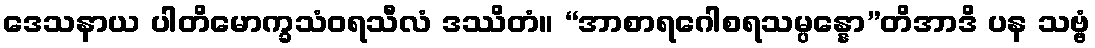
ဒေသနာယ ပါတိမောက္ခသံဝရသီလံ ဒဿိတံ။ “အာစာရဂေါစရသမ္ပန္နော”တိအာဒိ ပန သဗ္ဗံ